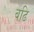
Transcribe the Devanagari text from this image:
बढि